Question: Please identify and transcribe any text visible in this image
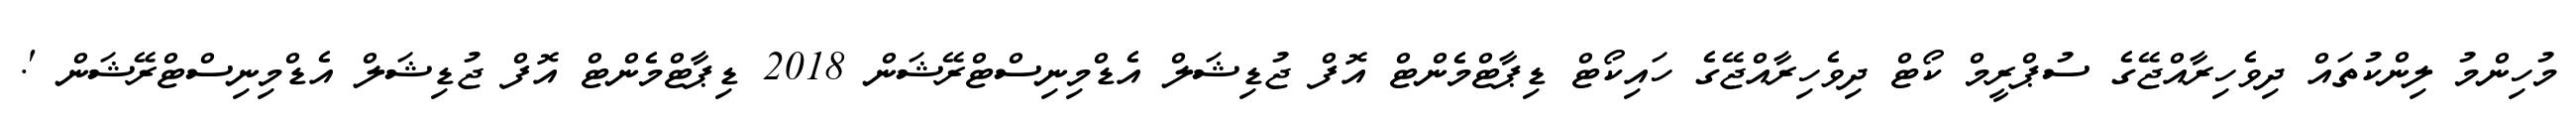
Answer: މުހިންމު ލިންކުތައް ދިވެހިރާއްޖޭގެ ސުޕްރީމް ކޯޓް ދިވެހިރާއްޖޭގެ ހައިކޯޓް ޑިޕާޓްމެންޓް އޮފް ޖުޑިޝަލް އެޑްމިނިސްޓްރޭޝަން 2018 ޑިޕާޓްމެންޓް އޮފް ޖުޑިޝަލް އެޑްމިނިސްޓްރޭޝަން '.